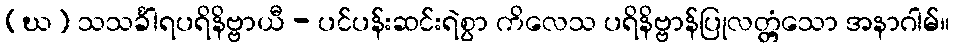
(ဃ) သသင်္ခါရပရိနိဗ္ဗာယီ - ပင်ပန်းဆင်းရဲစွာ ကိလေသ ပရိနိဗ္ဗာန်ပြုလတ္တံ့သော အနာဂါမ်။